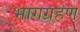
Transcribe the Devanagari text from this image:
भागग्रहण